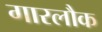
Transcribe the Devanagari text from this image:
गारलौक